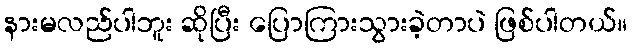
နားမလည်ပါဘူး ဆိုပြီး ပြောကြားသွားခဲ့တာပဲ ဖြစ်ပါတယ်။